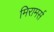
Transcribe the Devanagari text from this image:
मिरामर्स